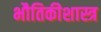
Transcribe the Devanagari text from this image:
भौतिकीशास्त्र